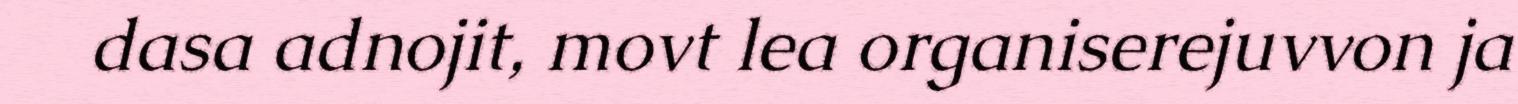
dasa adnojit, movt lea organiserejuvvon ja